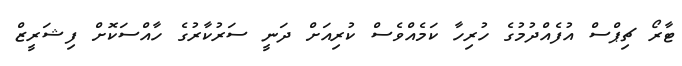
ޓާރޯ ޗިޕްސް އުފެއްދުމުގެ ހުރިހާ ކަމެއްވެސް ކުރިއަށް ދަނީ ސަރުކާރުގެ ހާއްސަކޮށް ފިޝަރީޒް